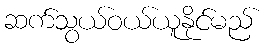
ဆက်သွယ်ဝယ်ယူနိုင်မည်